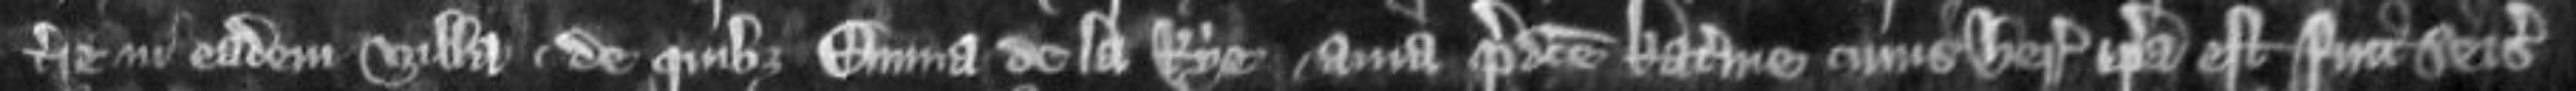
terre in eadem villa de quibus Emma de la Rye avia predicte Katerine cuius heres ipsa est fuit seisita